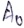
Text: A0